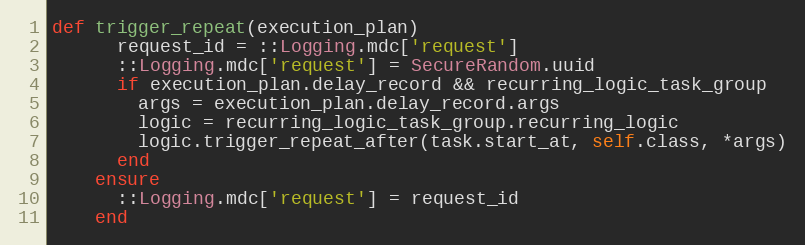
Language: Ruby
def trigger_repeat(execution_plan)
      request_id = ::Logging.mdc['request']
      ::Logging.mdc['request'] = SecureRandom.uuid
      if execution_plan.delay_record && recurring_logic_task_group
        args = execution_plan.delay_record.args
        logic = recurring_logic_task_group.recurring_logic
        logic.trigger_repeat_after(task.start_at, self.class, *args)
      end
    ensure
      ::Logging.mdc['request'] = request_id
    end